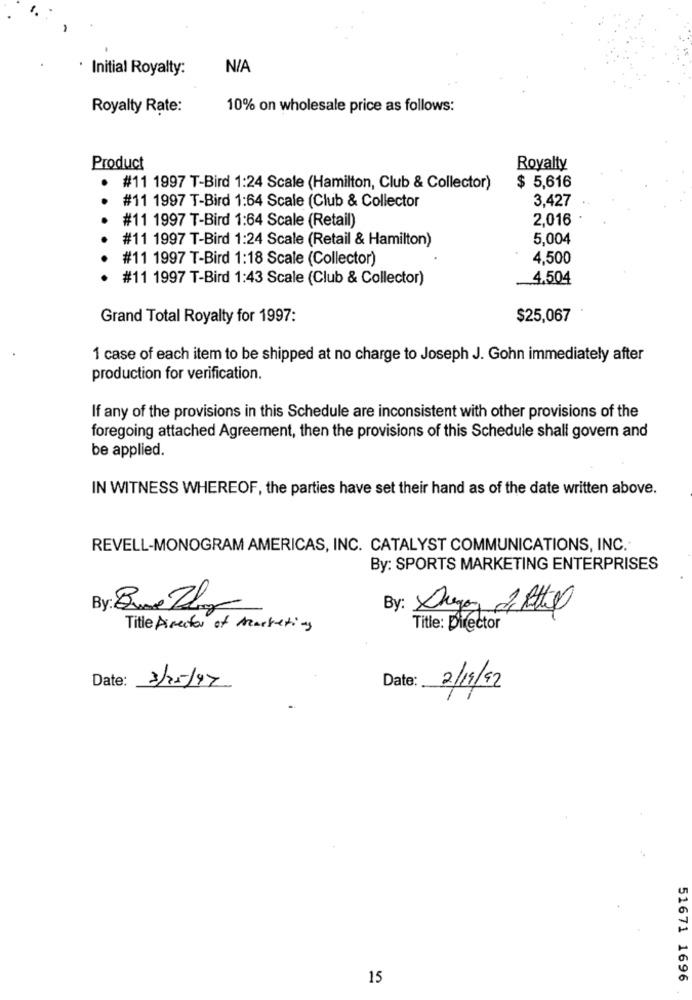
Initial Royalty:
Royalty Rate:
10% on wholesale price as follows:
Product
Royalty
.
#11 1997 T-Bird 1:24 Scale (Hamilton, Club & Collector)
$ 5,616
#11 1997 T-Bird 1:64 Scale (Club & Collector
3.427
#11 1997 T-Bird 1:64 Scale (Retail)
2,016
#11 1997 T-Bird 1:24 Scale (Retail & Hamilton)
5,004
#11 1997 T-Bird 1:18 Scale (Collector)
4,500
#11 1997 T-Bird 1:43 Scale (Club & Collector)
4,504
Grand Total Royalty for 1997:
$25,067
1 case of each item to be shipped at no charge to Joseph J. Gohn immediately after
production for verification.
If any of the provisions in this Schedule are inconsistent with other provisions of the
foregoing attached Agreement, then the provisions of this Schedule shall govern and
be applied.
IN WITNESS WHEREOF, the parties have set their hand as of the date written above.
REVELL-MONOGRAM AMERICAS, INC. CATALYST COMMUNICATIONS, INC.
By: SPORTS MARKETING ENTERPRISES
By: Bune Zely
By: Diego 2 Attil
Title Director of Marketing
Title: Director
Date: 3/25/97
Date:
2/19/92
15
51671 1696